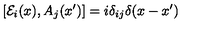
[ { \cal E } _ { i } ( x ) , A _ { j } ( x ^ { \prime } ) ] = i \delta _ { i j } \delta ( x - x ^ { \prime } )